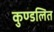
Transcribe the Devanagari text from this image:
कुण्डलित